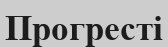
Прогресті